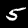
Digit: 5